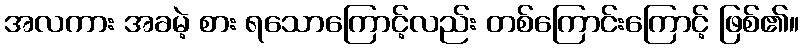
အလကား အခမဲ့ စား ရသောကြောင့်လည်း တစ်ကြောင်းကြောင့် ဖြစ်၏။